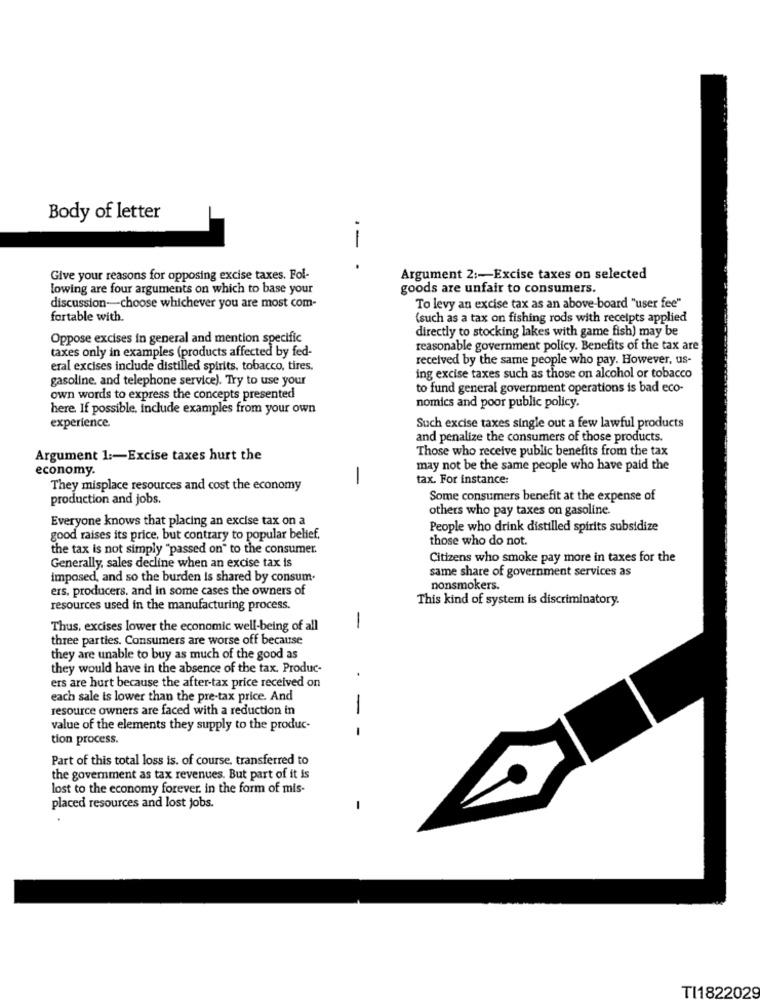
Body of letter
-- .
Give your reasons for opposing excise taxes. Fol-
Argument 2 :- Excise taxes on selected
lowing are four arguments on which to base your
goods are unfair to consumers.
discussion-choose whichever you are most com-
To levy an excise tax as an above-board "user fee"
fortable with.
(such as a tax on fishing rods with receipts applied
directly to stocking lakes with game fish) may be
Oppose excises in general and mention specific
taxes only in examples (products affected by fed-
reasonable government policy. Benefits of the tax are
received by the same people who pay. However, us-
eral excises include distilled spirits, tobacco, tires,
gasoline, and telephone service). Try to use your
ing excise taxes such as those on alcohol or tobacco
to fund general government operations is bad eco-
own words to express the concepts presented
here. If possible, include examples from your own
nomics and poor public policy.
experience.
Such excise taxes single out a few lawful products
and penalize the consumers of those products.
Those who receive public benefits from the tax
Argument 1 :- Excise taxes hurt the
economy.
may not be the same people who have paid the
tax. For instance:
They misplace resources and cost the economy
production and jobs.
Some consumers benefit at the expense of
others who pay taxes on gasoline.
Everyone knows that placing an excise tax on a
People who drink distilled spirits subsidize
good raises its price, but contrary to popular belief.
those who do not.
the tax is not simply "passed on" to the consumer.
Generally, sales decline when an excise tax is
Citizens who smoke pay more in taxes for the
same share of government services as
imposed, and so the burden is shared by consum-
ers. producers, and in some cases the owners of
nonsmokers.
This kind of system is discriminatory.
resources used in the manufacturing process.
Thus, excises lower the economic well-being of all
-
three parties. Consumers are worse off because
they are unable to buy as much of the good as
they would have in the absence of the tax. Produc-
ers are hurt because the after-tax price received on
.
each sale is lower than the pre-tax price. And
resource owners are faced with a reduction in
-
value of the elements they supply to the produc-
-
tion process.
Part of this total loss is. of course, transferred to
the government as tax revenues. But part of it is
lost to the economy forever. in the form of mis-
placed resources and lost jobs.
TI1822029